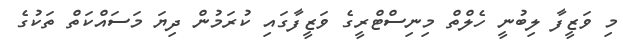
މި ވަޒީފާ ލިބުނީ ހެލްތް މިނިސްޓްރީގެ ވަޒީފާގައި ކުރަމުން ދިޔަ މަސައްކަތް ތަކުގެ